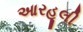
આરહૂલી